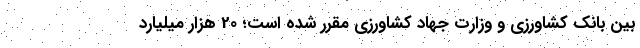
بین بانک کشاورزی و وزارت جهاد کشاورزی مقرر شده است؛ 20 هزار میلیارد